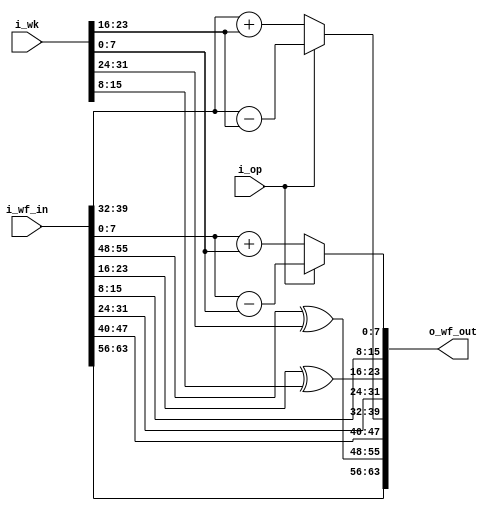
module WF(
	
	i_op        ,  

	i_wf_in     ,  
	
	i_wk        ,   
	
	o_wf_out          
);


//=====================================
//
//          PARAMETERS 
//
//=====================================


//=====================================
//
//          I/O PORTS 
//
//=====================================

input        i_op           ;  

input[63:0]  i_wf_in        ;  
	
input[31:0]  i_wk           ;   

output[63:0] o_wf_out       ;  


//=====================================
//
//          REGISTERS
//
//=====================================


//=====================================
//
//          WIRES
//
//=====================================
// w_wf_out
wire[63:0]  w_wf_out     ;
// w_rf_out(7:0)
wire[7:0]  w_wf_out7     ;  
wire[7:0]  w_wf_out6     ;  
wire[7:0]  w_wf_out5     ;  
wire[7:0]  w_wf_out4     ;  
wire[7:0]  w_wf_out3     ;  
wire[7:0]  w_wf_out2     ;  
wire[7:0]  w_wf_out1     ;  
wire[7:0]  w_wf_out0     ;  

//=====================================
//
//          MAIN
//
//=====================================

assign w_wf_out7 = i_wf_in[63:56];
assign w_wf_out6 = i_wf_in[55:48] ^ i_wk[31:24];
assign w_wf_out5 = i_wf_in[47:40];
assign w_wf_out4 = (i_op == 0) ? (i_wf_in[39:32] + i_wk[23:16]) : 
                                 (i_wf_in[39:32] - i_wk[23:16]) ;
assign w_wf_out3 = i_wf_in[31:24];
assign w_wf_out2 = i_wf_in[23:16] ^ i_wk[15:8];
assign w_wf_out1 = i_wf_in[15:8];
assign w_wf_out0 = (i_op == 0) ? (i_wf_in[7:0] + i_wk[7:0]) : 
                                 (i_wf_in[7:0] - i_wk[7:0]) ; 

assign w_wf_out = {w_wf_out7, w_wf_out6, w_wf_out5, w_wf_out4, w_wf_out3, w_wf_out2, w_wf_out1, w_wf_out0}; 
assign o_wf_out = w_wf_out;

endmodule